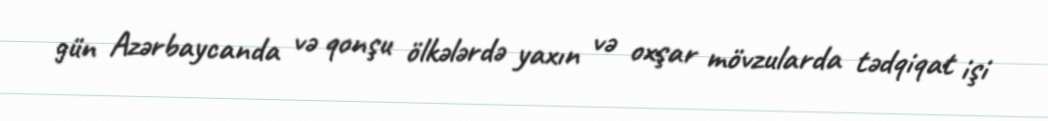
gün Azərbaycanda və qonşu ölkələrdə yaxın və oxşar mövzularda tədqiqat işi